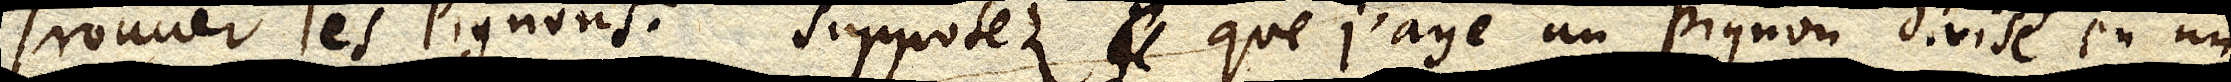
Trouuer les Pignons : Supposez je que j’aye un pignon divisé en un